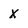
Character: X